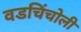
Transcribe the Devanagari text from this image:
वडचिंचोली